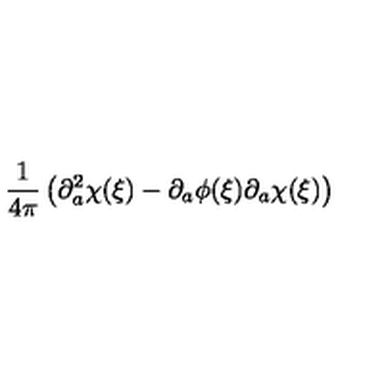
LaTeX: \frac { 1 } { 4 \pi } \left( \partial _ { a } ^ { 2 } \chi ( \xi ) - \partial _ { a } \phi ( \xi ) \partial _ { a } \chi ( \xi ) \right)